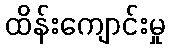
ထိန်းကျောင်းမှု